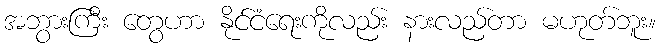
အဘွားကြီး တွေဟာ နိုင်ငံရေးကိုလည်း နားလည်တာ မဟုတ်ဘူး။